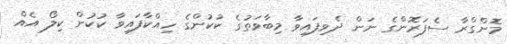
މޮންގްރާ ސެފަރޮންގެ ނަން ދެވިފައިވާ މިބާވަތުގެ ކުކުންގެ ހިއްކާފައިވާ ކުކުން ކިލޯ އެއް